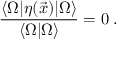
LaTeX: \frac { \langle \Omega | \eta ( \vec { x } ) | \Omega \rangle } { \langle \Omega | \Omega \rangle } = 0 \; .